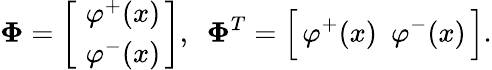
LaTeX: {\mathbf\Phi}=\left[\begin{array}{c}{{\, \, \varphi^{+}(x)\, }}\\ {{\, \, \varphi^{-}(x)\, }}\end{array}\right],\, \, \, {\mathbf\Phi}^{T}=\Big[\, \varphi^{+}(x)\, \, \, \varphi^{-}(x)\, \Big].